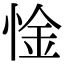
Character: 惍